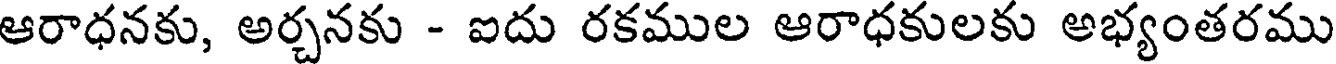
ఆరాధనకు, అర్చనకు - ఐదు రకముల ఆరాధకులకు అభ్యంతరము